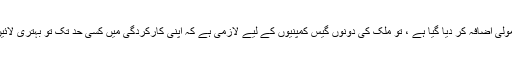
اب جبکہ حکومت کی جانب سے گیس کی قیمتوں میں بھی غیر معمولی اضافہ کر دیا گیا ہے ، تو ملک کی دونوں گیس کمپنیوں کے لیے لازمی ہے کہ اپنی کارکردگی میں کسی حد تک تو بہتری لائیں تاکہ عوام کو ہر موسم سرما میں ایک امتحان سے نہ گزرنا پڑے۔